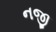
નજી